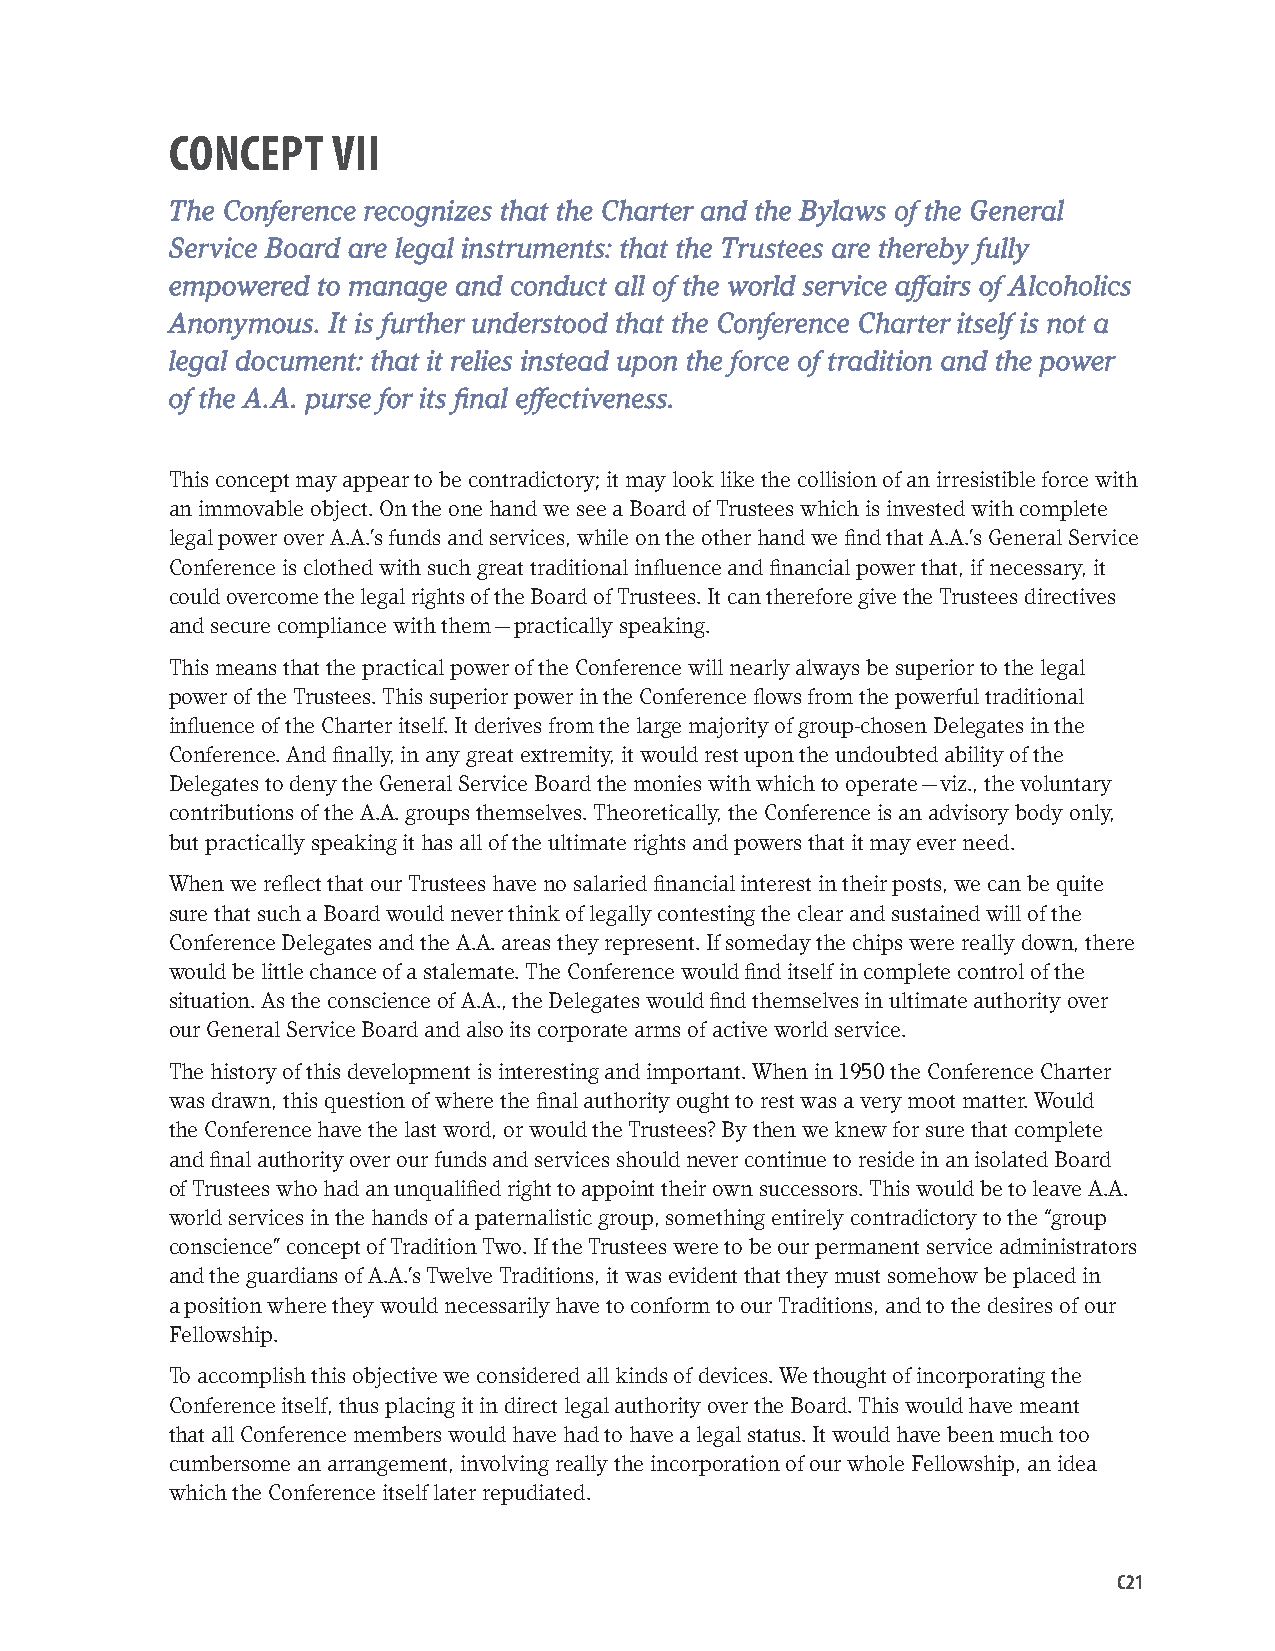
CONCEPT    VII
 The Conference recognizes that the Charter and the Bylaws of the General
 Service Board are legal instruments: that the Trustees are thereby fully
 empowered to manage and conduct all of the world service affairs of Alcoholics
 Anonymous. It is further understood that the Conference Charter itself is not a
 legal document: that it relies instead upon the force of tradition and the power
 of the A.A. purse for its final effectiveness.
 This concept may appear to be contradictory; it may look like the collision of an irresistible force with
 an immovable object. On the one hand we see a Board of Trustees which is invested with complete
 legal power over A.A.’s funds and services, while on the other hand we find that A.A.’s General Service
 Conference is clothed with such great traditional influence and financial power that, if necessary, it
 could overcome the legal rights of the Board of Trustees. It can therefore give the Trustees directives
 and secure compliance with them — practically speaking.
 This means that the practical power of the Conference will nearly always be superior to the legal
 power of the Trustees. This superior power in the Conference flows from the powerful traditional
 influence of the Charter itself. It derives from the large majority of group-chosen Delegates in the
 Conference. And finally, in any great extremity, it would rest upon the undoubted ability of the
 Delegates to deny the General Service Board the monies with which to operate — viz., the voluntary
 contributions of the A.A. groups themselves. Theoretically, the Conference is an advisory body only,
 but practically speaking it has all of the ultimate rights and powers that it may ever need.
 When we reflect that our Trustees have no salaried financial interest in their posts, we can be quite
 sure that such a Board would never think of legally contesting the clear and sustained will of the
 Conference Delegates and the A.A. areas they represent. If someday the chips were really down, there
 would be little chance of a stalemate. The Conference would find itself in complete control of the
 situation. As the conscience of A.A., the Delegates would find themselves in ultimate authority over
 our General Service Board and also its corporate arms of active world service.
 The history of this development is interesting and important. When in 1950 the Conference Charter
 was drawn, this question of where the final authority ought to rest was a very moot matter. Would
 the Conference have the last word, or would the Trustees? By then we knew for sure that complete
 and final authority over our funds and services should never continue to reside in an isolated Board
 of Trustees who had an unqualified right to appoint their own successors. This would be to leave A.A.
 world services in the hands of a paternalistic group, something entirely contradictory to the “group
 conscience” concept of Tradition Two. If the Trustees were to be our permanent service administrators
 and the guardians of A.A.’s Twelve Traditions, it was evident that they must somehow be placed in
 a position where they would necessarily have to conform to our Traditions, and to the desires of our
 Fellowship.
 To accomplish this objective we considered all kinds of devices. We thought of incorporating the
 Conference itself, thus placing it in direct legal authority over the Board. This would have meant
 that all Conference members would have had to have a legal status. It would have been much too
 cumbersome an arrangement, involving really the incorporation of our whole Fellowship, an idea
 which the Conference itself later repudiated.
 C21